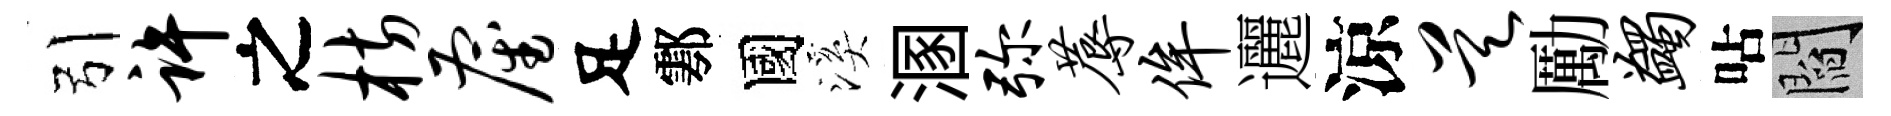
引许之枋雇足鄠國溪溷弥蓐侔邐涼昊勵蠲呫閻